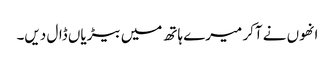
انھوں نے آکر میرے ہاتھ میں بیڑیاں ڈال دیں۔